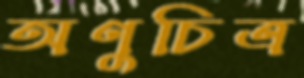
অণুচিত্র